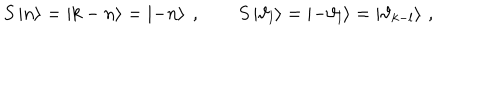
LaTeX: S \left| n \right\rangle = \left| k - n \right\rangle = \left| - n \right\rangle \: , \qquad S \left| \vartheta _ { l } \right\rangle = \left| - \vartheta _ { l } \right\rangle = \left| \vartheta _ { k - l } \right\rangle \, ,